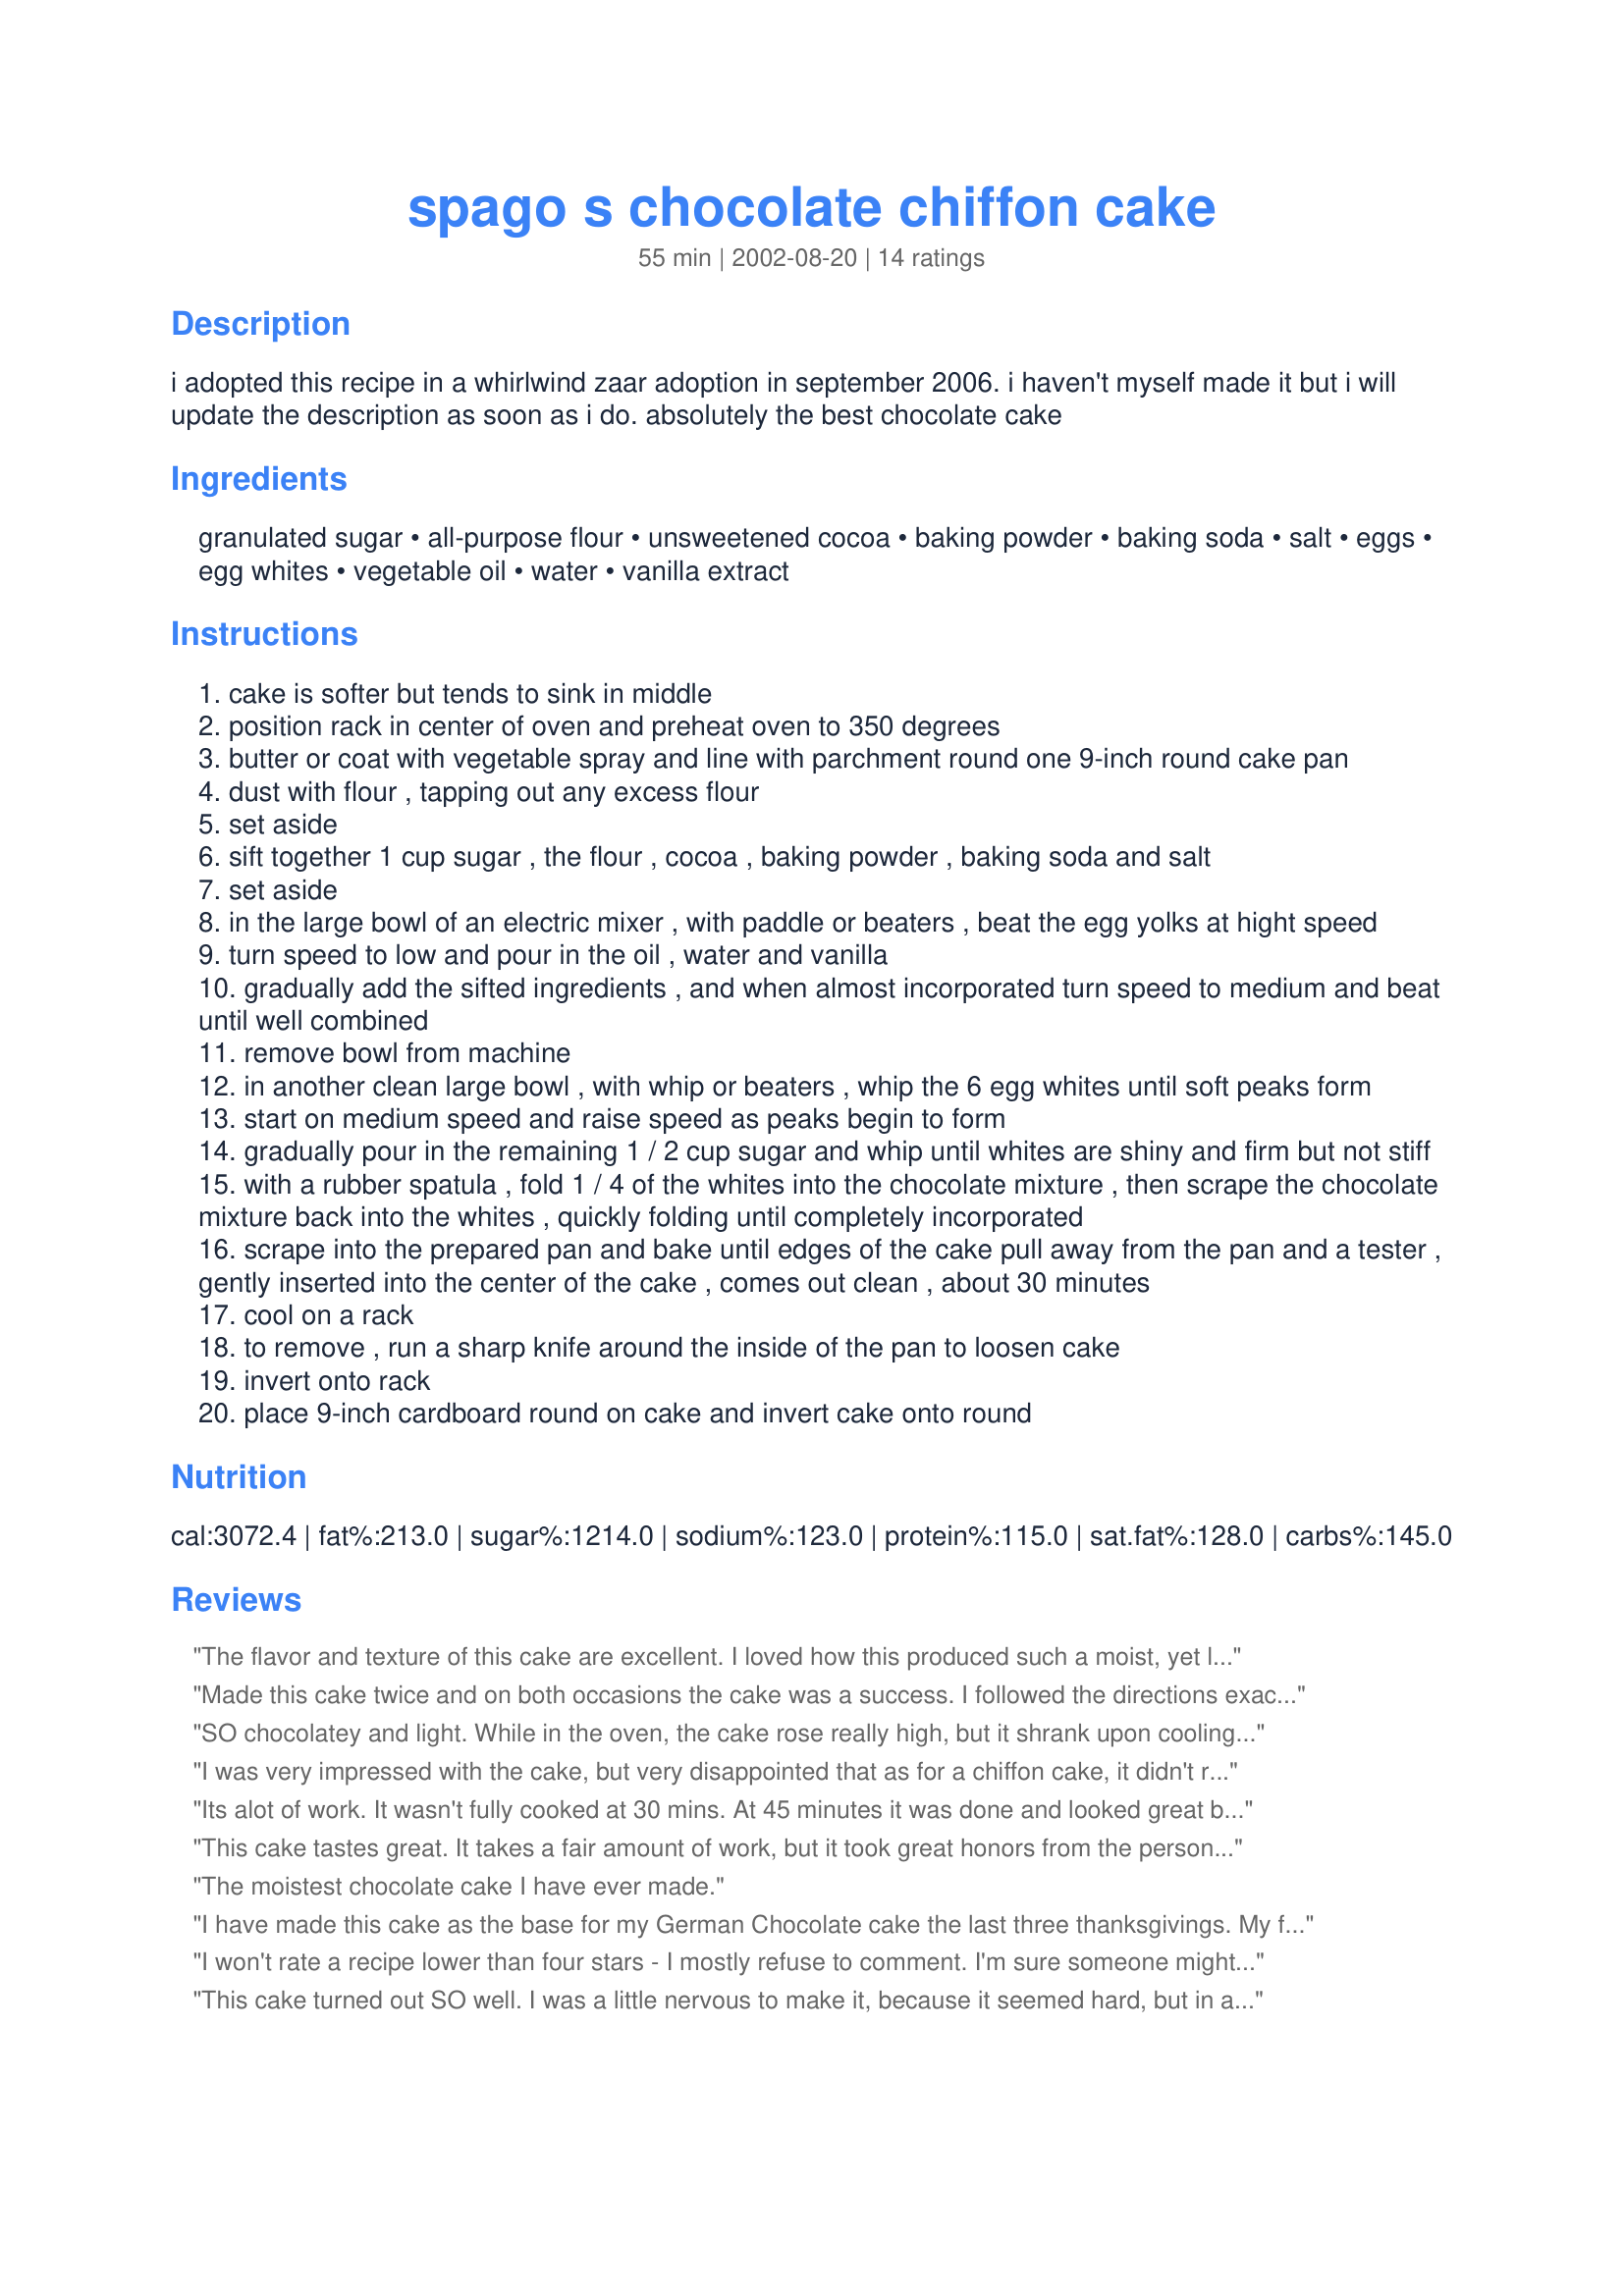
spago s chocolate chiffon cake
Preparation time: 55 minutes

i adopted this recipe in a whirlwind zaar adoption in september 2006. i haven't myself made it but i will update the description as soon as i do. absolutely the best chocolate cake

Ingredients:
granulated sugar, all-purpose flour, unsweetened cocoa, baking powder, baking soda, salt, eggs, egg whites, vegetable oil, water, vanilla extract

Steps:
cake is softer but tends to sink in middle
position rack in center of oven and preheat oven to 350 degrees
butter or coat with vegetable spray and line with parchment round one 9-inch round cake pan
dust with flour , tapping out any excess flour
set aside
sift together 1 cup sugar , the flour , cocoa , baking powder , baking soda and salt
set aside
in the large bowl of an electric mixer , with paddle or beaters , beat the egg yolks at hight speed
turn speed to low and pour in the oil , water and vanilla
gradually add the sifted ingredients , and when almost incorporated turn speed to medium and beat until well combined
remove bowl from machine
in another clean large bowl , with whip or beaters , whip the 6 egg whites until soft peaks form
start on medium speed and raise speed as peaks begin to form
gradually pour in the remaining 1 / 2 cup sugar and whip until whites are shiny and firm but not stiff
with a rubber spatula , fold 1 / 4 of the whites into the chocolate mixture , then scrape the chocolate mixture back into the whites , quickly folding until completely incorporated
scrape into the prepared pan and bake until edges of the cake pull away from the pan and a tester , gently inserted into the center of the cake , comes out clean , about 30 minutes
cool on a rack
to remove , run a sharp knife around the inside of the pan to loosen cake
invert onto rack
place 9-inch cardboard round on cake and invert cake onto round

Reviews:
The flavor and texture of this cake are excellent. I loved how this produced such a moist, yet light finished product. I did have a problem with the cake sinking in the middle. It could have been that I slightly underbaked, or that I overfilled the pans. I don't know what the caused the issue, but I was disappointed in the appearance of the cake. However, I will try this recipe again in hopes of achieving a perfect cake...when I do, I will update the review.
Made this cake twice and on both occasions the cake was a success. I followed the directions exactly. It was moist and rose to a good height. My family loved it.
SO chocolatey and light. While in the oven, the cake rose really high, but it shrank upon cooling. Still, the height was decent enough. Had leftover batter to make about 6 cupcakes. I used a 9" pan, greased and lined, and the cake came off easy. My youngest daughter who is not much of a cake eater could not get enough. To me, that makes this a winner of a cake. Thank you for posting.
I was very impressed with the cake, but very disappointed that as for a chiffon cake, it didn't rise enough, and therefore, wasn't light enough. How would you make it lighter?
Its alot of work. It wasn't fully cooked at 30 mins. At 45 minutes it was done and looked great but as it cooled it more than sunk in the middle. It looked so deflated and the texture was tough.
This cake tastes great. It takes a fair amount of work, but it took great honors from the person who's birthday it was made for. (I made this as a part of the German Chocolate Cake recipe also posted by this chef). Ok, my problem was this. I wanted to make a 2 layer cake for the German Chocolate Cake version, so I doubled this recipe. I thought something might be wrong when I poured the mix into the cake pans (large restaurant size pans)...there was so much... Sure enough there was soon cake all over my oven -- another lesson learned, always put them on jelly roll pans with parchement. I'm not really a baker so I don't know if this was a problem with my doubling, but I could easily have made a 3 layer cake with the amount of cake that was left on the oven floor. Still I'll make this again, and I know because I know I'll be asked to. [Editor's Note: recipe edited as a result of this review 1/2/03]
The moistest chocolate cake I have ever made.
I have made this cake as the base for my German Chocolate cake the last three thanksgivings. My family can't get enough of it.
I won't rate a recipe lower than four stars - I mostly refuse to comment. I'm sure someone might like it; maybe just not me...I tend to be very picky! But this cake was a little on the difficult side for me as well so hence the 4 stars. Although now that I've tried it several times, I think I'm getting the hang of it. However, I followed the directions exactly and had slightly different results both times. I also had a problem with the cake falling and even seeming to be a little on the 'done' side. I took it out of the oven at exactly 30 mins. Next time I may check it at 20 - 25 (I was afraid of causing it to fall - now that I know it does anyway, I won't worry so much about that part.) I did only use 1/2 cup of vegetable oil and followed the directions exactly. I was surprised that with the extra batter that it didn't make enough for an extra layer, but it didn't, so I had to go through the process again (my fault). It was a very good match with the 
German Chocolate cake filling and ganache which I rated seperately, but lists this cake as the base recipe. Although it ended up being a time-consuming venture for me the end result was yummy.
The texture was nice, a little dry, but moist enough with the addition of the Coconut Pecan filling and it was a pretty rich dark color. -Not the typical lighter swiss chocolate color of most German Chocolate cakes which was a nice change(yum). Thank you.
This cake turned out SO well. I was a little nervous to make it, because it seemed hard, but in actuality it was easy and well worth it. My family loved it :)
I had to laugh today when I made this. After reading all the reviews, I fully expected it to fall in the middle. I used my last six eggs, and when I attempted to beat the whites, they just would not stiffen, they wouldn't even fluff. There must have been something on the beater or in the container I had them in. Anyway, in disgust, I threw the liquid eggs whites that would not fluff into the entire batter and just whipped the whole thing for a minute or two and threw it in the bundt pan anyway. It rose like the lightest, fluffiest chiffon cake you've ever seen! Made me laugh. I was so off guard, I had no frosting for it prepared and my husband came home for lunch early and cut into it unfrosted. He loved it. My son came home and did the same.
This cake is excellent.Amazingly light and fluffy, yet moist! I used 3/4 cup oil. I used an ungreased 9 inch tube pan, and had good results. Nice and dark. I increased the cooking time to 40 minutes. Make sure you start out with the eggs at room temperature. Egg whites must not be contaminated by yolk. Unmistakably chiffon!
Very moist but with a great texture. This was a huge hit for my future FIL's birthday. Everyone was very impressed and it was beautiful as well. Definitely the best chocolate cake I've ever made.
Great tasting cake, I read all the reviews before attempting and followed instructions, I made it in a bundt tin and had problems getting it out in one piece, I think it was too soft for the pan.
I also got 6 cupcakes out of the batter.
The cake (and the cupcakes) shrank.
It wasnt the prettiest of cakes but it was yummy...ended up serving with vanilla ice cream and cream.
